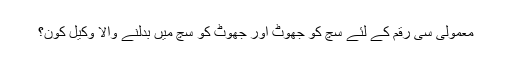
معمولی سی رقم کے لئے سچ کو جھوٹ اور جھوٹ کو سچ میں بدلنے والا وکیل کون؟